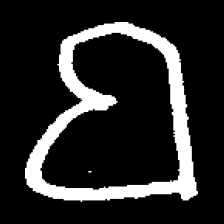
Pyu character \u2014 Myanmar letter: ဗ (romanized: ba)